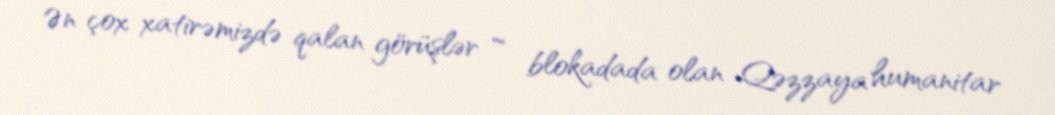
Ən çox xatirəmizdə qalan görüşlər ”“ blokadada olan Qəzzaya humanitar